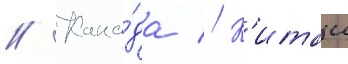
// Кана́да // К'итаи